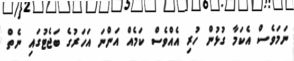
ނަމަވެސް އެކަމާ ގުޅުން ހުރި އެއްވެސް ކަމެއް އަންނަ އަހަރުގެ ބަޖެޓުގައި ނެތް